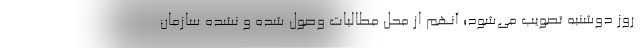
روز دوشنبه تصویب می‌شود؛ آنهم از محل مطالبات وصول شده و نشده سازمان